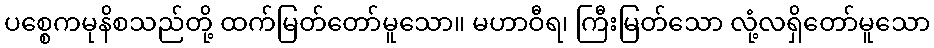
ပစ္စေကမုနိစသည်တို့ ထက်မြတ်တော်မူသော။ မဟာဝီရ၊ ကြီးမြတ်သော လုံ့လရှိတော်မူသော